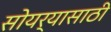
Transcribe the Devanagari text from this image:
सोयर्‍यासाठी